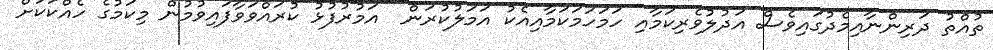
ތުއްތު ދަރިންނާއިމެދުގައިވެސް އަދުލުވެރިކަމާއި ހަމަހަމަކަމާއިއެކު އަމަލުކުރަން  އަމުރުފުޅު ކުރައްވަވާފައިވުމުން މިކަމުގެ ހެއްކަކަށް